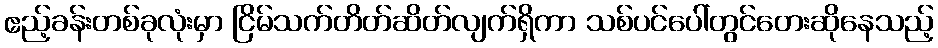
ဧည့်ခန်းတစ်ခုလုံးမှာ ငြိမ်သက်တိတ်ဆိတ်လျက်ရှိကာ သစ်ပင်ပေါ်တွင်တေးဆိုနေသည့်